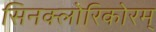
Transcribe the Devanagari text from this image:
सिनक्लोरिकोरम्